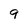
Character: 9